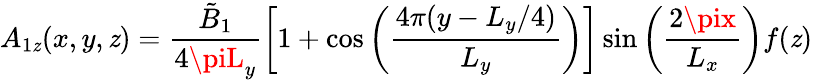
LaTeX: A_{1\mathit{z}}(x,y,\mathit{z})=\frac{{\tilde{{B}}_{1}}}{{4\piL_{y}}}\left[1+\cos\left(\frac{{4\pi(y-L_{y}/4)}}{{L_{y}}}\right)\right]\sin\left(\frac{{2\pix}}{{L_{x}}}\right)f(\mathit{z})